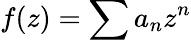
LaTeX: f(z)=\sum a_{n}z^{n}